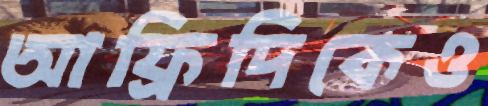
আফ্রিদিকেও